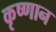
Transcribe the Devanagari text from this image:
कृष्णान